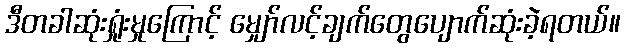
ဒီတခါဆုံးရှုံးမှုကြောင့် မျှော်လင့်ချက်တွေပျောက်ဆုံးခဲ့ရတယ်။